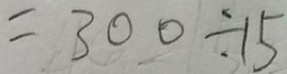
= 3 0 0 \div 1 5